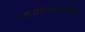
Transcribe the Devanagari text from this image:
जातीजमातींची